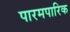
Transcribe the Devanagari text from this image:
पारमपारिक